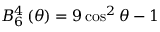
B _ { 6 } ^ { 4 } \left( \theta \right) = 9 \cos ^ { 2 } \theta - 1